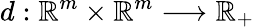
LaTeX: d:\mathbb{R}^{m}\times\mathbb{R}^{m}\longrightarrow\mathbb{R}_{+}